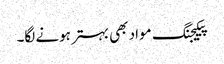
پیکیجنگ مواد بھی بہتر ہونے لگا۔